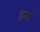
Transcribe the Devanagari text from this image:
झ्या